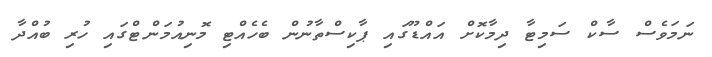
ނަމަވެސް ސާކް ސަމިޓާ ދިމާކޮށް އައްޑޫގައި ޕާކިސްތާނުން ބެހެއްޓި މޮނިއުމަންޓްގައި ހުރި ބުއްދާ